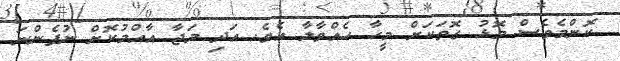
ކޮންމެވެސް މޮޅު ގޮތަކަށް މީހާ ހެއްވާލާ އެވެ. އަދި މަަޖާ އާއްމުކޮށް ނުފެންނަ